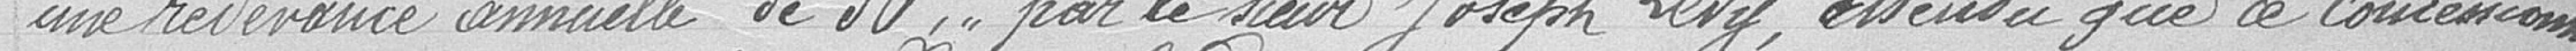
une redevance annuelle de 30 ct par le sieur Joseph Lévy, attendu que ce concessionnaire